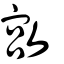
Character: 𢾮